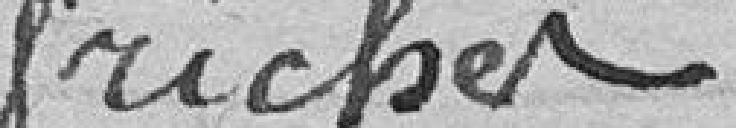
Friches